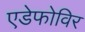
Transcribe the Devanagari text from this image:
एडेफोविर